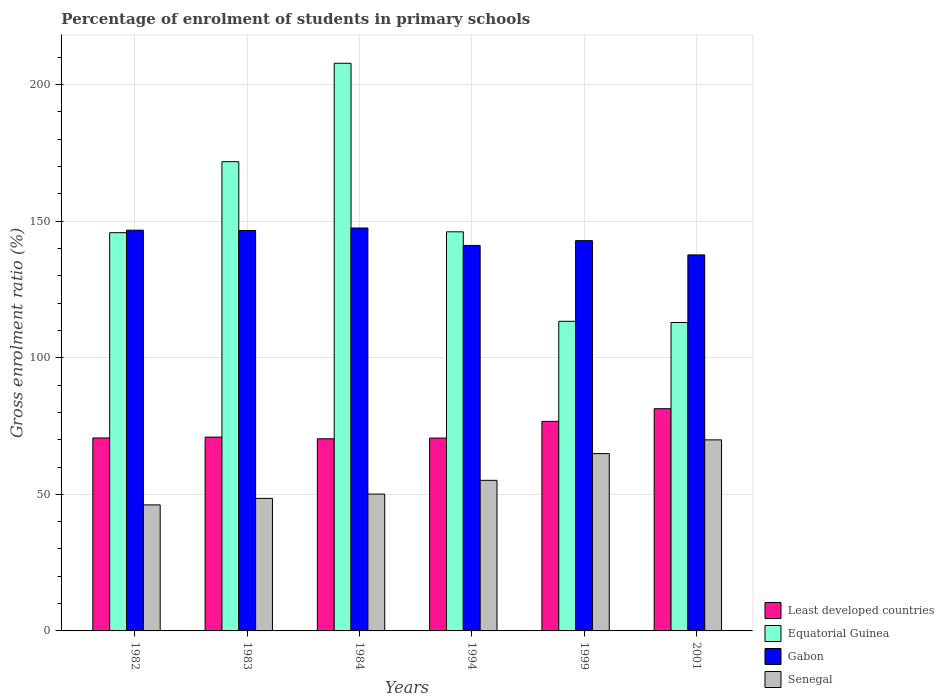
| Years | Least developed countries | Equatorial Guinea | Gabon | Senegal |
 | --- | --- | --- | --- | --- |
 | 1982 | 70.6 | 146 | 147 | 46.1 |
 | 1983 | 71 | 172 | 147 | 48.5 |
 | 1984 | 70.3 | 208 | 148 | 50.1 |
 | 1994 | 70.6 | 146 | 141 | 55.1 |
 | 1999 | 76.7 | 113 | 143 | 64.9 |
 | 2001 | 81.3 | 113 | 138 | 69.9 |